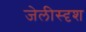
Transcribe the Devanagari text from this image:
जेलीस्दृश